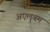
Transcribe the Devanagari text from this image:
अएलबम